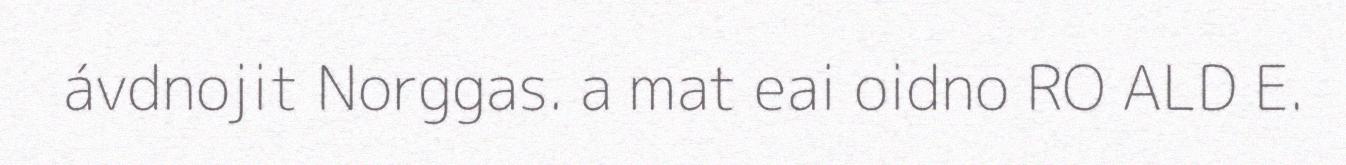
ávdnojit Norggas. a mat eai oidno RO ALD E.